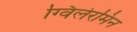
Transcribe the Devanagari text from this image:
ग्विलेरमिन